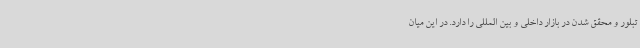
تبلور و محقق شدن در بازار داخلی و بین المللی را دارد. در این میان